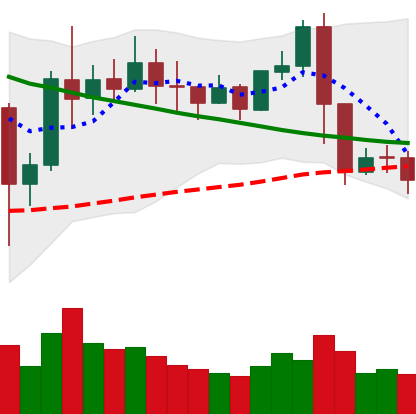
Ticker: XRP-USD
Chart end date: 2019-11-11
Forward return: -4.071%
Label: down_3_5